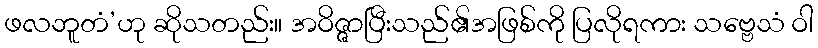
ဖလဘူတံ’ဟု ဆိုသတည်း။ အဝိဇ္ဇာပြီးသည်၏အဖြစ်ကို ပြလိုရကား သဗ္ဗေသံ ဝါ